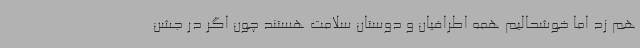
هم زد اما خوشحالیم همه اطرافیان و دوستان سلامت هستند چون اگر در جشن